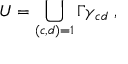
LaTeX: U = \bigcup _ { ( c , d ) = 1 } \Gamma \gamma _ { c d } \; ,